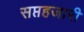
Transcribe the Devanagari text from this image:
सप्तहजारी